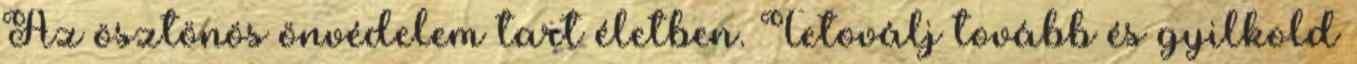
Az ösztönös önvédelem tart életben. Tetoválj tovább és gyilkold